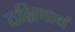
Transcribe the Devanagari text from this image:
दक्षिणार्थ